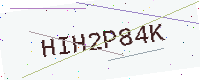
Text: HIH2P84K